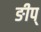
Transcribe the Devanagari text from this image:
ङीप्